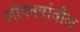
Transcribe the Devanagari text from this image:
लीपवर्षातील